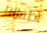
اطفالنا